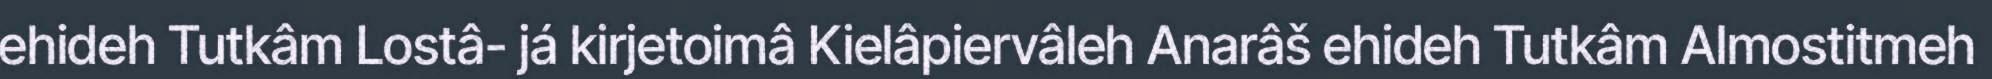
ehideh Tutkâm Lostâ- já kirjetoimâ Kielâpiervâleh Anarâš ehideh Tutkâm Almostitmeh